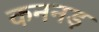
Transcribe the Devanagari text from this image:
कननड़